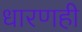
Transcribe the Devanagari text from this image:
धारणही